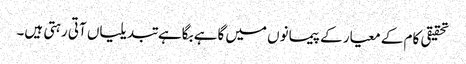
تحقیقی کام کے معیار کے پیمانوں میں گاہے بگاہے تبدیلیاں آتی رہتی ہیں۔